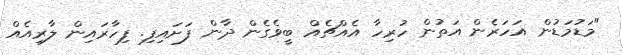
"މަޑުމަޑުން އަހަރެން އަތުން ހުރިހާ އެއްޗެއް ބީވެގެން ދާން ފަށައިފި. ފިހާރައިން ލާރިއެއް